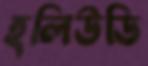
হলিউডি